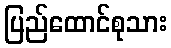
ပြည်ထောင်စုသား